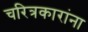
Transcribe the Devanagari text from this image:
चरित्रकारांना